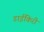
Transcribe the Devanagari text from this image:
डाईकिरी